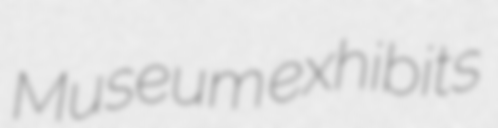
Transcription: Museum exhibits